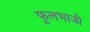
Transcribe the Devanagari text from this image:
फूलभाजी